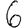
Digit: 6